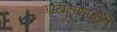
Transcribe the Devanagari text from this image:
गायनशाळेत